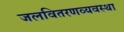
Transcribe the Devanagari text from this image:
जलवितरणव्यवस्था